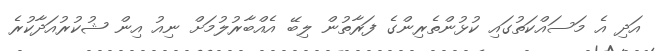
އަދި އެ މަސައްކަތުގައި ކުޅުންތެރިންގެ ފަރާތުން ލިބޭ އެއްބާރުލުމަށް ނިއު އިން ޝުކުރުއަދާކުރެ